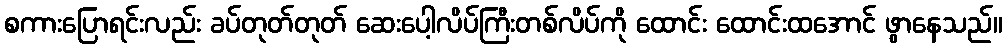
စကားပြောရင်းလည်း ခပ်တုတ်တုတ် ဆေးပေါ့လိပ်ကြီးတစ်လိပ်ကို ထောင်း ထောင်းထအောင် ဖွာနေသည်။